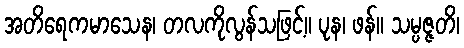
အတိရေကမာသေန၊ တလကိုလွန်သဖြင့်။ ပုန၊ ဖန်။ သမ္ပဇ္ဇတိ၊